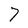
Character: 7